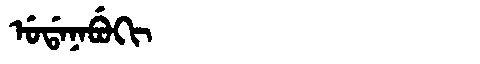
Manchu: ᡠᡩᠠᠨᠠᠪᡠᡴᡳ
Romanization: UDANABUKI